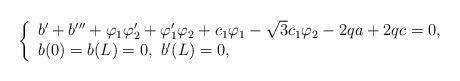
LaTeX: \begin{align*}\left\{\begin{array}[c]{l}b'+b'''+\varphi_{1}\varphi_{2}'+\varphi_{1}'\varphi_{2}+c_1\varphi_1-\sqrt{3}c_1\varphi_2 -2qa+2qc=0,\\b(0)=b(L)=0,~b'(L)=0,\end{array}\right. \end{align*}